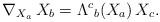
LaTeX: \begin{align*}\nabla_{{X_a}} \,X_b=\Lambda^c{}_b (X_a)\, X_c .\end{align*}